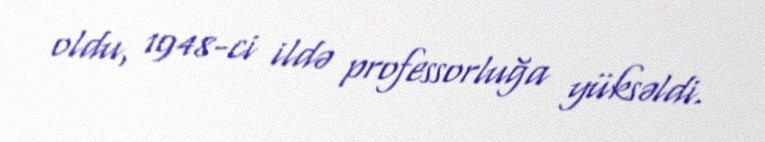
oldu, 1948-ci ildə professorluğa yüksəldi.